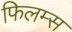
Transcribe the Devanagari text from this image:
फिलम्स